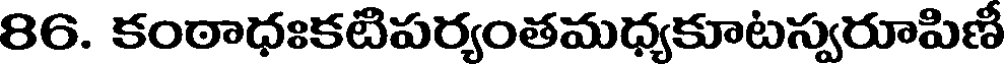
86. కంఠాధఃకటిపర్యంతమధ్యకూటస్వరూపిణీ